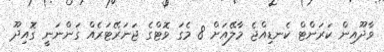
ވާދޫއިން ކަރަންޓް ކެނޑިއްޖެ މާލޭއަށް 8 މެގަ ވޮޓްގެ ޖަނަރޭޓަރެއް ގަންނަނީ ގޮއިދޫ